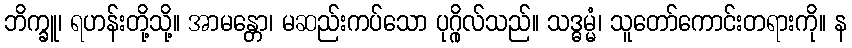
ဘိက္ခူ၊ ရဟန်းတို့သို့။ အာမန္တော၊ မဆည်းကပ်သော ပုဂ္ဂိုလ်သည်။ သဒ္ဓမ္မံ၊ သူတော်ကောင်းတရားကို။ န